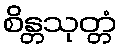
စိန္တသုတ္တံ